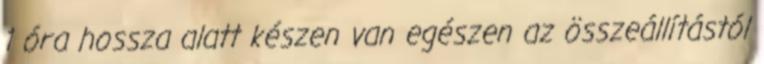
1 óra hossza alatt készen van egészen az összeállítástól